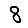
Digit: 8